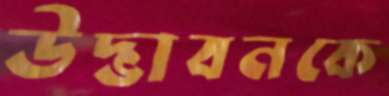
উদ্ভাবনকে